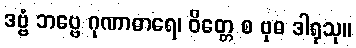
ဒဗ္ဗံ ဘဗ္ဗေ ဂုဏာဓာရေ၊ ဝိတ္တေ စ ဗုဓ ဒါရုသု။